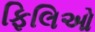
ફિલિઓ